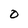
Character: O